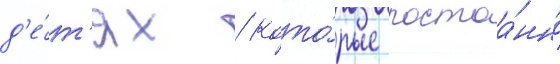
д'е́т'ях / кото́рые постоа́нно